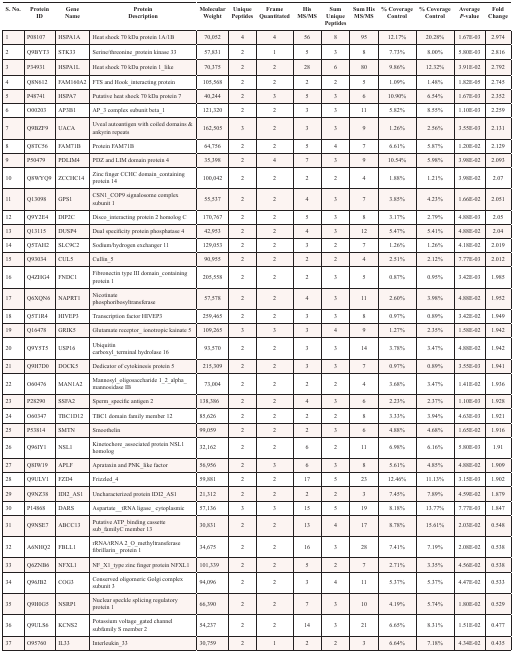
<table><thead><tr><td><b>S. No.</b></td><td><b>Protein ID</b></td><td><b>Gene Name</b></td><td><b>Protein Description</b></td><td><b>Molecular Weight</b></td><td><b>Unique Peptides</b></td><td><b>Frame Quantitated</b></td><td><b>His MS/MS</b></td><td><b>Sum Unique Peptides</b></td><td><b>Sum His MS/MS</b></td><td><b>% Coverage Control</b></td><td><b>% Coverage Control</b></td><td><b>Average <i>P</i>-value</b></td><td><b>Fold Change</b></td></tr></thead><tbody><tr><td>1</td><td>P08107</td><td>HSPA1A</td><td>Heat shock 70 kDa protein 1A/1B</td><td>70,052</td><td>4</td><td>4</td><td>56</td><td>8</td><td>95</td><td>12.17%</td><td>20.28%</td><td>1.67E-03</td><td>2.974</td></tr><tr><td>2</td><td>Q9BYT3</td><td>STK33</td><td>Serine/threonine_protein kinase 33</td><td>57,831</td><td>2</td><td>1</td><td>5</td><td>3</td><td>8</td><td>7.73%</td><td>8.00%</td><td>5.80E-03</td><td>2.816</td></tr><tr><td>3</td><td>P34931</td><td>HSPA1L</td><td>Heat shock 70 kDa protein 1_like</td><td>70,375</td><td>2</td><td>2</td><td>28</td><td>6</td><td>80</td><td>9.86%</td><td>12.32%</td><td>3.91E-02</td><td>2.792</td></tr><tr><td>4</td><td>Q8N612</td><td>FAM160A2</td><td>FTS and Hook_interacting protein</td><td>105,568</td><td>2</td><td>2</td><td>2</td><td>2</td><td>5</td><td>1.09%</td><td>1.48%</td><td>1.82E-05</td><td>2.745</td></tr><tr><td>5</td><td>P48741</td><td>HSPA7</td><td>Putative heat shock 70 kDa protein 7</td><td>40,244</td><td>2</td><td>3</td><td>5</td><td>3</td><td>6</td><td>10.90%</td><td>6.54%</td><td>1.67E-03</td><td>2.352</td></tr><tr><td>6</td><td>O00203</td><td>AP3B1</td><td>AP_3 complex subunit beta_1</td><td>121,320</td><td>2</td><td>2</td><td>3</td><td>3</td><td>11</td><td>5.82%</td><td>8.55%</td><td>1.10E-03</td><td>2.259</td></tr><tr><td>7</td><td>Q9BZF9</td><td>UACA</td><td>Uveal autoantigen with coiled domains &amp; ankyrin repeats</td><td>162,505</td><td>3</td><td>2</td><td>3</td><td>3</td><td>9</td><td>1.26%</td><td>2.56%</td><td>3.55E-03</td><td>2.131</td></tr><tr><td>8</td><td>Q8TC56</td><td>FAM71B</td><td>Protein FAM71B</td><td>64,756</td><td>2</td><td>2</td><td>5</td><td>4</td><td>7</td><td>6.61%</td><td>5.87%</td><td>1.20E-02</td><td>2.129</td></tr><tr><td>9</td><td>P50479</td><td>PDLIM4</td><td>PDZ and LIM domain protein 4</td><td>35,398</td><td>2</td><td>4</td><td>7</td><td>3</td><td>9</td><td>10.54%</td><td>5.98%</td><td>3.98E-02</td><td>2.093</td></tr><tr><td>10</td><td>Q8WYQ9</td><td>ZCCHC14</td><td>Zinc finger CCHC domain_containing protein 14</td><td>100,042</td><td>2</td><td>2</td><td>2</td><td>2</td><td>4</td><td>1.88%</td><td>1.21%</td><td>3.98E-02</td><td>2.07</td></tr><tr><td>11</td><td>Q13098</td><td>GPS1</td><td>CSN1_COP9 signalosome complex subunit 1</td><td>55,537</td><td>2</td><td>2</td><td>4</td><td>3</td><td>7</td><td>3.85%</td><td>4.23%</td><td>1.66E-02</td><td>2.051</td></tr><tr><td>12</td><td>Q9Y2E4</td><td>DIP2C</td><td>Disco_interacting protein 2 homolog C</td><td>170,767</td><td>2</td><td>2</td><td>5</td><td>3</td><td>8</td><td>3.17%</td><td>2.79%</td><td>4.88E-03</td><td>2.05</td></tr><tr><td>13</td><td>Q13115</td><td>DUSP4</td><td>Dual specificity protein phosphatase 4</td><td>42,953</td><td>2</td><td>2</td><td>4</td><td>3</td><td>12</td><td>5.47%</td><td>5.41%</td><td>4.88E-02</td><td>2.04</td></tr><tr><td>14</td><td>Q5TAH2</td><td>SLC9C2</td><td>Sodium/hydrogen exchanger 11</td><td>129,053</td><td>2</td><td>2</td><td>3</td><td>2</td><td>7</td><td>1.26%</td><td>1.26%</td><td>4.18E-02</td><td>2.019</td></tr><tr><td>15</td><td>Q93034</td><td>CUL5</td><td>Cullin_5</td><td>90,955</td><td>2</td><td>2</td><td>2</td><td>2</td><td>4</td><td>2.51%</td><td>2.12%</td><td>7.77E-03</td><td>2.012</td></tr><tr><td>16</td><td>Q4ZHG4</td><td>FNDC1</td><td>Fibronectin type III domain_containing protein 1</td><td>205,558</td><td>2</td><td>2</td><td>2</td><td>3</td><td>5</td><td>0.87%</td><td>0.95%</td><td>3.42E-03</td><td>1.985</td></tr><tr><td>17</td><td>Q6XQN6</td><td>NAPRT1</td><td>Nicotinate phosphoribosyltransferase</td><td>57,578</td><td>2</td><td>2</td><td>4</td><td>3</td><td>11</td><td>2.60%</td><td>3.98%</td><td>4.88E-02</td><td>1.952</td></tr><tr><td>18</td><td>Q5T1R4</td><td>HIVEP3</td><td>Transcription factor HIVEP3</td><td>259,465</td><td>2</td><td>2</td><td>3</td><td>3</td><td>8</td><td>0.97%</td><td>0.89%</td><td>3.42E-02</td><td>1.949</td></tr><tr><td>19</td><td>Q16478</td><td>GRIK5</td><td>Glutamate receptor_ ionotropic kainate 5</td><td>109,265</td><td>3</td><td>3</td><td>3</td><td>4</td><td>9</td><td>1.27%</td><td>2.35%</td><td>1.58E-02</td><td>1.942</td></tr><tr><td>20</td><td>Q9Y5T5</td><td>USP16</td><td>Ubiquitin carboxyl_terminal hydrolase 16</td><td>93,570</td><td>2</td><td>2</td><td>3</td><td>3</td><td>14</td><td>3.78%</td><td>3.47%</td><td>4.88E-02</td><td>1.942</td></tr><tr><td>21</td><td>Q9H7D0</td><td>DOCK5</td><td>Dedicator of cytokinesis protein 5</td><td>215,309</td><td>2</td><td>2</td><td>3</td><td>3</td><td>7</td><td>0.97%</td><td>0.89%</td><td>3.55E-03</td><td>1.941</td></tr><tr><td>22</td><td>O60476</td><td>MAN1A2</td><td>Mannosyl_oligosaccharide 1_2_alpha_mannosidase IB</td><td>73,004</td><td>2</td><td>2</td><td>2</td><td>2</td><td>4</td><td>3.68%</td><td>3.47%</td><td>1.41E-02</td><td>1.936</td></tr><tr><td>23</td><td>P28290</td><td>SSFA2</td><td>Sperm_specific antigen 2</td><td>138,386</td><td>2</td><td>2</td><td>4</td><td>3</td><td>6</td><td>2.23%</td><td>2.37%</td><td>1.10E-03</td><td>1.928</td></tr><tr><td>24</td><td>O60347</td><td>TBC1D12</td><td>TBC1 domain family member 12</td><td>85,626</td><td>2</td><td>2</td><td>2</td><td>2</td><td>8</td><td>3.33%</td><td>3.94%</td><td>4.63E-03</td><td>1.921</td></tr><tr><td>25</td><td>P53814</td><td>SMTN</td><td>Smoothelin</td><td>99,059</td><td>2</td><td>2</td><td>2</td><td>3</td><td>6</td><td>4.88%</td><td>4.68%</td><td>1.65E-02</td><td>1.916</td></tr><tr><td>26</td><td>Q96IY1</td><td>NSL1</td><td>Kinetochore_associated protein NSL1 homolog</td><td>32,162</td><td>2</td><td>2</td><td>6</td><td>2</td><td>11</td><td>6.98%</td><td>6.16%</td><td>5.80E-03</td><td>1.91</td></tr><tr><td>27</td><td>Q8IW19</td><td>APLF</td><td>Aprataxin and PNK_like factor</td><td>56,956</td><td>2</td><td>3</td><td>6</td><td>3</td><td>8</td><td>5.61%</td><td>4.85%</td><td>4.88E-02</td><td>1.909</td></tr><tr><td>28</td><td>Q9ULV1</td><td>FZD4</td><td>Frizzled_4</td><td>59,881</td><td>2</td><td>2</td><td>17</td><td>5</td><td>23</td><td>12.46%</td><td>11.13%</td><td>3.15E-03</td><td>1.902</td></tr><tr><td>29</td><td>Q9NZ38</td><td>IDI2_AS1</td><td>Uncharacterized protein IDI2_AS1</td><td>21,312</td><td>2</td><td>2</td><td>2</td><td>2</td><td>3</td><td>7.45%</td><td>7.89%</td><td>4.59E-02</td><td>1.879</td></tr><tr><td>30</td><td>P14868</td><td>DARS</td><td>Aspartate__tRNA ligase_ cytoplasmic</td><td>57,136</td><td>3</td><td>3</td><td>15</td><td>5</td><td>19</td><td>8.18%</td><td>13.77%</td><td>7.77E-03</td><td>1.847</td></tr><tr><td>31</td><td>Q9NSE7</td><td>ABCC13</td><td>Putative ATP_binding cassette sub_family C member 13</td><td>30,831</td><td>2</td><td>2</td><td>13</td><td>4</td><td>17</td><td>8.78%</td><td>15.61%</td><td>2.03E-02</td><td>0.548</td></tr><tr><td>32</td><td>A6NHQ2</td><td>FBLL1</td><td>rRNA/tRNA 2_O_methyltransferase fibrillarin_ protein 1</td><td>34,675</td><td>2</td><td>2</td><td>16</td><td>3</td><td>28</td><td>7.41%</td><td>7.19%</td><td>2.08E-02</td><td>0.538</td></tr><tr><td>33</td><td>Q6ZNB6</td><td>NFXL1</td><td>NF_X1_type zinc finger protein NFXL1</td><td>101,339</td><td>2</td><td>2</td><td>5</td><td>2</td><td>7</td><td>2.71%</td><td>3.35%</td><td>4.56E-02</td><td>0.538</td></tr><tr><td>34</td><td>Q96JB2</td><td>COG3</td><td>Conserved oligomeric Golgi complex subunit 3</td><td>94,096</td><td>2</td><td>2</td><td>3</td><td>4</td><td>11</td><td>5.37%</td><td>5.37%</td><td>4.47E-02</td><td>0.533</td></tr><tr><td>35</td><td>Q9H0G5</td><td>NSRP1</td><td>Nuclear speckle splicing regulatory protein 1</td><td>66,390</td><td>2</td><td>2</td><td>7</td><td>3</td><td>10</td><td>4.19%</td><td>5.74%</td><td>1.80E-02</td><td>0.529</td></tr><tr><td>36</td><td>Q9ULS6</td><td>KCNS2</td><td>Potassium voltage_gated channel subfamily S member 2</td><td>54,237</td><td>2</td><td>2</td><td>14</td><td>3</td><td>21</td><td>6.65%</td><td>8.31%</td><td>1.51E-02</td><td>0.477</td></tr><tr><td>37</td><td>O95760</td><td>IL33</td><td>Interleukin_33</td><td>30,759</td><td>2</td><td>1</td><td>2</td><td>2</td><td>3</td><td>6.64%</td><td>7.18%</td><td>4.34E-02</td><td>0.435</td></tr></tbody></table>